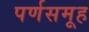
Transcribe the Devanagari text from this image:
पर्णसमूह